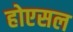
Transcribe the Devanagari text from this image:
होएसल